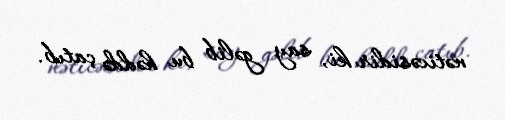
nəticəsidir ki, say gəlib bu həddə çatıb.